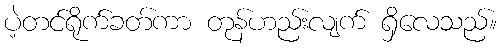
ပဲ့တင်ရိုက်ခတ်ကာ တုန်ဟည်းလျက် ရှိလေသည်။